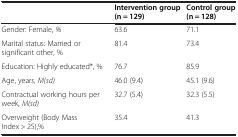
|  | Intervention group (n = 129) | Control group (n = 128) |
 | --- | --- | --- |
 | Gender: Female, % | 63.6 | 71.1 |
 | Marital status: Married or significant other, % | 81.4 | 73.4 |
 | Education: Highly educated*, % | 76.7 | 85.9 |
 | Age, years, M(sd) | 46.0 (9.4) | 45.1 (9.6) |
 | Contractual working hours per week, M(sd) | 32.7 (5.4) | 32.3 (5.5) |
 | Overweight (Body Mass Index > 25),% | 35.4 | 41.3 |